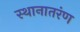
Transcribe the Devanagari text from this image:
स्थानातरंण